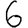
Digit: 6